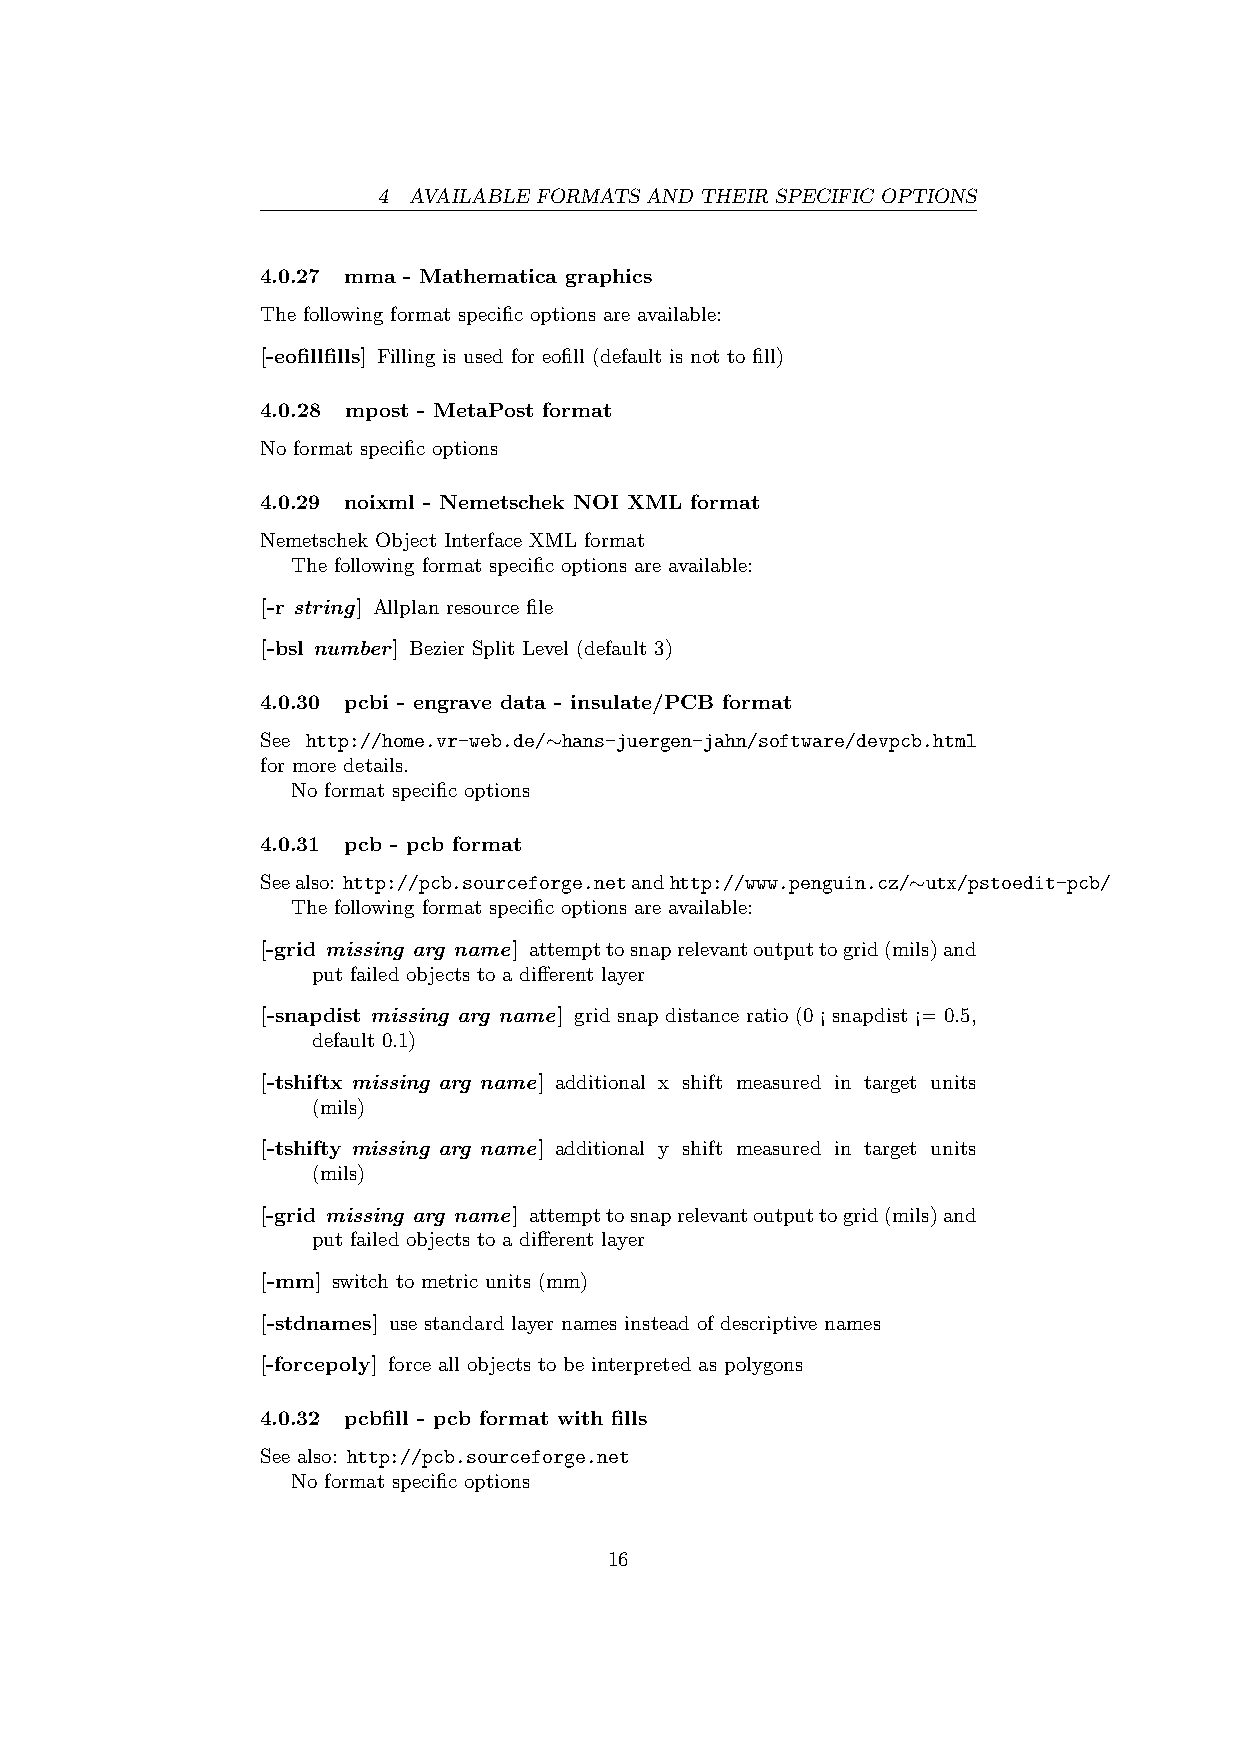
4 AVAILABLE FORMATS AND THEIR SPECIFIC OPTIONS
 4.0.27 mma - Mathematica graphics
 The following format specific options are available:
 [-eofillfills] Filling is used for eofill (default is not to fill)
 4.0.28 mpost - MetaPost format
 No format specific options
 4.0.29 noixml - Nemetschek NOI XML format
 Nemetschek Object Interface XML format
 The following format specific options are available:
 [-r string] Allplan resource file
 [-bsl number] Bezier Split Level (default 3)
 4.0.30 pcbi - engrave data - insulate/PCB format
 See http://home.vr-web.de/∼hans-juergen-jahn/software/devpcb.html
 for more details.
 No format specific options
 4.0.31 pcb - pcb format
 Seealso: http://pcb.sourceforge.netandhttp://www.penguin.cz/∼utx/pstoedit-pcb/
 The following format specific options are available:
 [-grid missing arg name] attempttosnaprelevantoutputtogrid(mils)and
 put failed objects to a different layer
 [-snapdist missing arg name] grid snap distance ratio (0 ¡ snapdist ¡= 0.5,
 default 0.1)
 [-tshiftx missing arg name] additional x shift measured in target units
 (mils)
 [-tshifty missing arg name] additional y shift measured in target units
 (mils)
 [-grid missing arg name] attempttosnaprelevantoutputtogrid(mils)and
 put failed objects to a different layer
 [-mm] switch to metric units (mm)
 [-stdnames] use standard layer names instead of descriptive names
 [-forcepoly] force all objects to be interpreted as polygons
 4.0.32 pcbfill - pcb format with fills
 See also: http://pcb.sourceforge.net
 No format specific options
 16